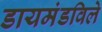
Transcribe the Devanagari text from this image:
डायमंडविले